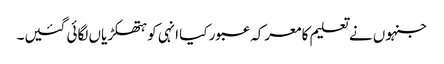
جنہوں نے تعلیم کا معرکہ عبور کیا انہی کو ہتھکڑیاں لگائی گئیں۔